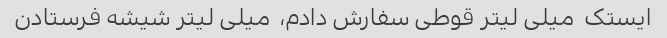
ایستک  میلی لیتر قوطی سفارش دادم،  میلی لیتر شیشه فرستادن